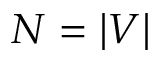
N = | V |